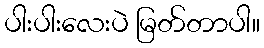
ပါးပါးလေးပဲ မြတ်တာပါ။